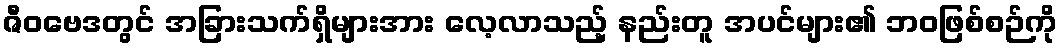
ဇီဝဗေဒတွင် အခြားသက်ရှိများအား လေ့လာသည့် နည်းတူ အပင်များ၏ ဘဝဖြစ်စဉ်ကို